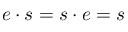
e \cdot s = s \cdot e = s